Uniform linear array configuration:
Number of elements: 4
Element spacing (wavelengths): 0.25
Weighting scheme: binomial
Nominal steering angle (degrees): -15
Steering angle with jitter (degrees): -13.718
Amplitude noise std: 0.05
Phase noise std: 0.05

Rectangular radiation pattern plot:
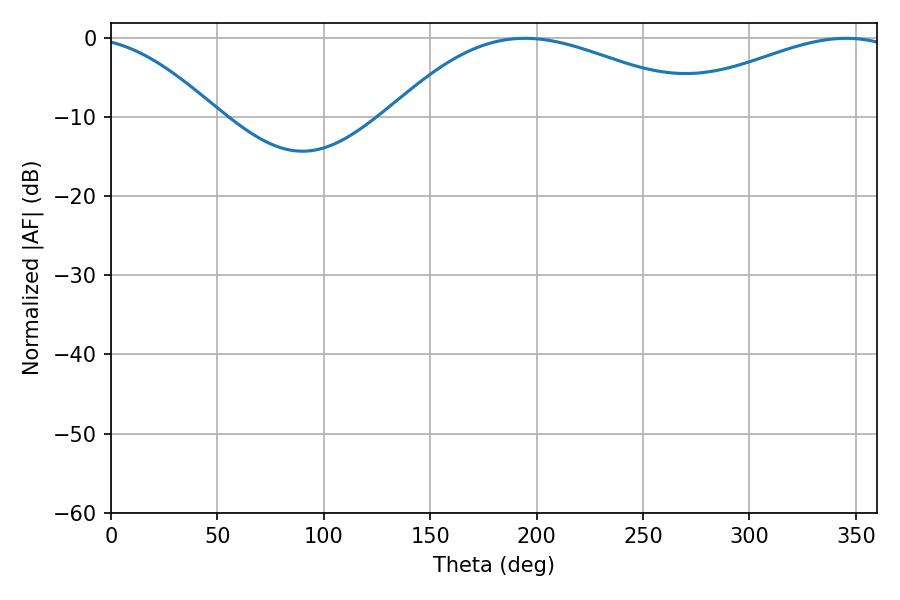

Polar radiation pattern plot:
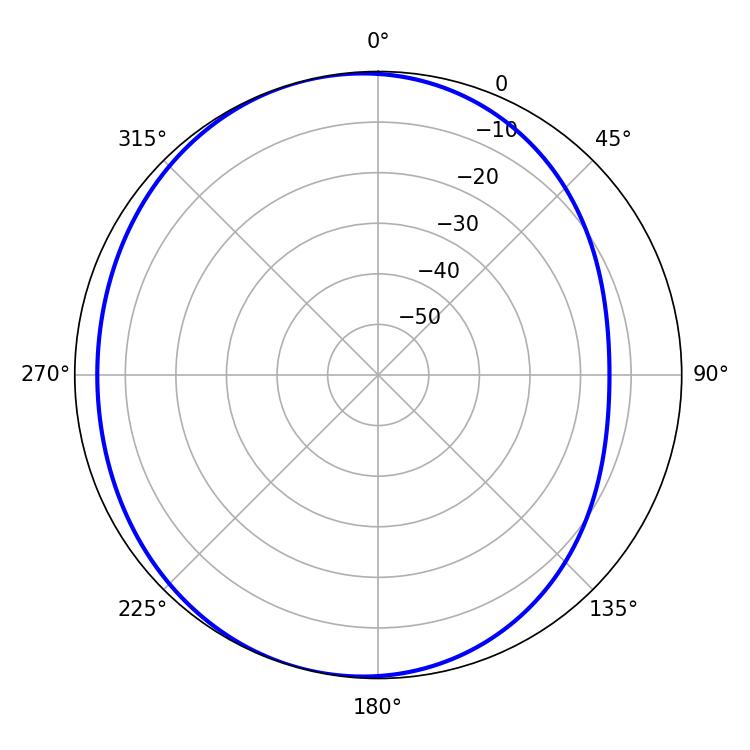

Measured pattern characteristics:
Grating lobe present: FALSE
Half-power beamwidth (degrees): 81.9
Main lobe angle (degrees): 194.58